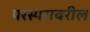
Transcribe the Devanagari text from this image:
परस्परावरील